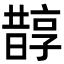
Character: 𣋄